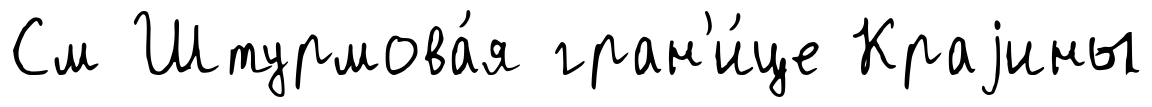
См Штурмова́я гран'и́це Краjины